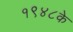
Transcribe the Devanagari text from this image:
१९४८के